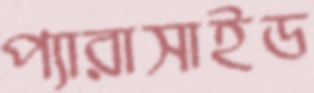
প্যারাসাইড